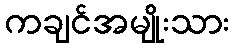
ကချင်အမျိုးသား